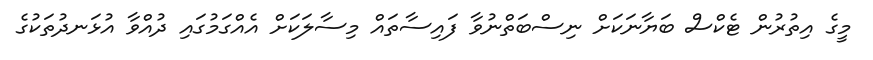
މީގެ އިތުރުން ޓެކްސް ބަޔާނަކަށް ނިސްބަތްނުވާ ފައިސާތައް މިސާލަކަށް އެއްގަމުގައި ދުއްވާ އުޅަނދުތަކުގެ